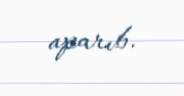
aparıb.